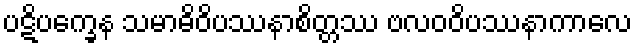
ပဋိပက္ခေန သမာဓိဝိပဿနာစိတ္တဿ ဗလဝဝိပဿနာကာလေ